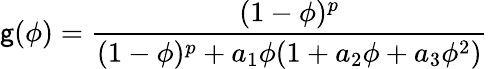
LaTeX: \mathsf{g}(\phi)=\frac{{(1-\phi)^{p}}}{{(1-\phi)^{p}+a_{1}\phi(1+a_{2}\phi+a_{3}\phi^{2})}}